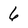
Character: 6